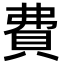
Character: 費